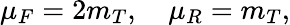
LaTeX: \mu_{F}=2m_{T},\quad\mu_{R}=m_{T},